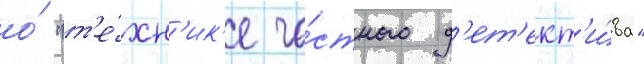
о́ "т'е́хн'ик'е ча́стного д'ет'ект'и́ва"